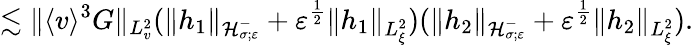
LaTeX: \lesssim\| \langle v\rangle^{3}G\| _{L_{v}^{2}}(\| h_{1}\| _{\mathcal H_{\sigma;\varepsilon}^{-}}+\varepsilon^{\frac{1}{2}}\| h_{1}\| _{L_{\xi}^{2}})(\| h_{2}\| _{\mathcal H_{\sigma;\varepsilon}^{-}}+\varepsilon^{\frac{1}{2}}\| h_{2}\| _{L_{\xi}^{2}}).